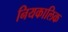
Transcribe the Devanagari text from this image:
नियकालिक